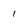
Character: 1